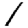
Digit: 1